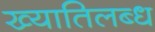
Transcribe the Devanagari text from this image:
ख्‍यातिलब्‍ध